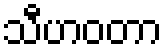
သီဟဝတာ